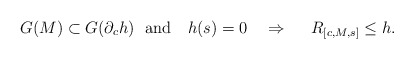
\begin{align*} G(M)\subset G(\partial_c h)\ \ \mathrm{and}\ \ \ h(s)=0\ \ \ \Rightarrow\ \ \ \ R_{[c,M,s]}\leq h.\end{align*}